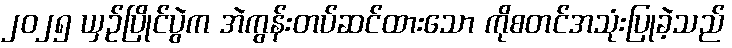
၂၀၂၅ ယှဉ်ပြိုင်ပွဲက အဲကွန်းတပ်ဆင်ထားသော ကိုစတင်အသုံးပြုခဲ့သည်